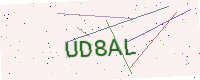
Text: UD8AL